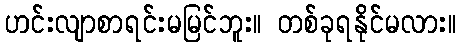
ဟင်းလျာစာရင်းမမြင်ဘူး။ တစ်ခုရနိုင်မလား။